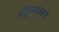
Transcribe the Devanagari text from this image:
स्ट्रैन्गलर